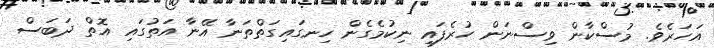
އަހަރެވެ. މުސްކާން ވިސްނަން ހުރެފައި ނިކުމެގެން ހިނގައިގަތްތަނާ އޭނާ އަތުގައި އޮތް ދަބަސް